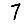
Digit: 7